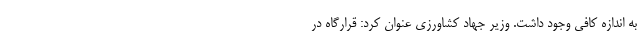
به اندازه کافی وجود داشت. وزیر جهاد کشاورزی عنوان کرد: قرارگاه در